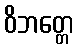
ဝိဘတ္တေ